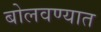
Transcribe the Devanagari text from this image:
बोलवण्यात